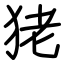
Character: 狫